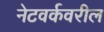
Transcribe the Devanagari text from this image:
नेटवर्कवरील